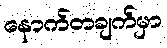
နောက်တချက်မှာ